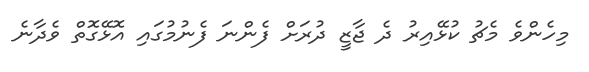
މިހެންވެ މެޗު ކުޅޭއިރު ދެ ޖާޒީ ދުރަށް ފެންނަ ފެނުމުގައި އޮޅޭގޮތް ވެދާނެ